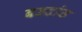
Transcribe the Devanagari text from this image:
बडदांड